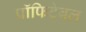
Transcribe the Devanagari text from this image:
प्रॉफिटेबल